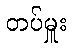
တပ်မှူး